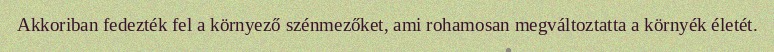
Akkoriban fedezték fel a környező szénmezőket, ami rohamosan megváltoztatta a környék életét.